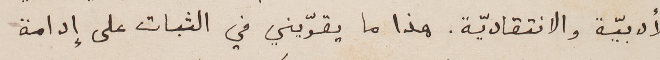
الأدبيّة والانتقاديّة. هذا ما يقوّيني في الثبات على إدامة